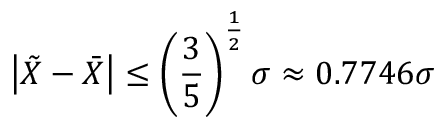
\left| { \tilde { X } } - { \bar { X } } \right| \leq \left( { \frac { 3 } { 5 } } \right) ^ { \frac { 1 } { 2 } } \sigma \approx 0 . 7 7 4 6 \sigma